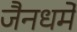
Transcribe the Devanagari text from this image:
जैनधर्मे